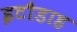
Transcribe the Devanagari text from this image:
इटौडाह